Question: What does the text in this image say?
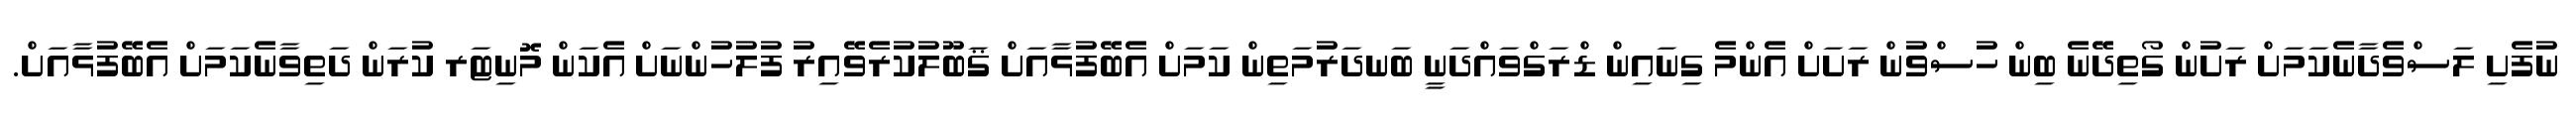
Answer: ނުފެށި ލަސްވެދާނެކަމަށް ރަށުން ގޯތިދޭނެ ބިން ހުސްވުން ރަށަށް އެންމެ ގިނައިން ޑްރަގްވައްދަނީ ބަނދަރުމަތިން ކަމަށް އެބޭފުޅާއަށް ޤަބޫލުކުރެވޭއިރު ފުލުހުންނަށް އެކަން މޮނިޓަރ ކުރަން ދަތިވާނެކަމަށް އެބޭފުޅާއަށް.